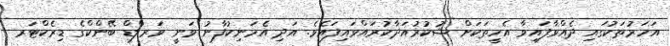
އަހަރުތަކުގައި ދެއްވާފައިވާ އެހީތަކަށް ޝުކުރުއަދާކުރައްވައިފައެވެ. އަދި އެމަނިކުފާނު ވަނީ ވަރލްޑް ބޭންކްގެ ޑިރެކްޓަރ